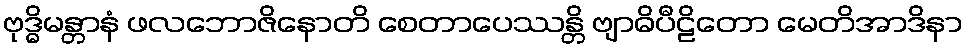
ဗုဒ္ဓိမန္တာနံ ဖလဘောဇိနောတိ စေတာပေဿန္တိ ဗျာဓိပီဠိတော မေတိအာဒိနာ